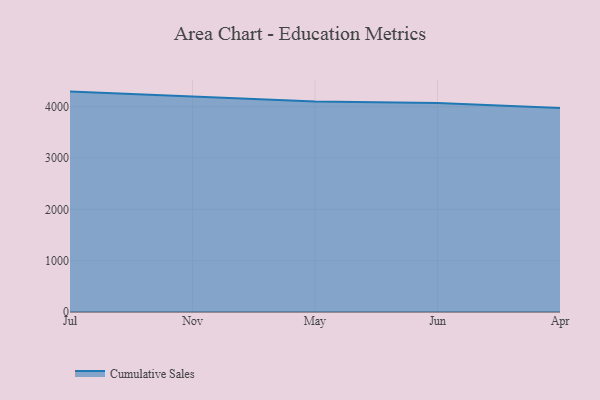
{"axis": {"x": "Month", "y": "Market Share (%)"}, "legend": ["Cumulative Sales"], "data": [{"x": "Jul", "y": 4295.8, "type": "Cumulative Sales"}, {"x": "Nov", "y": 4207.1, "type": "Cumulative Sales"}, {"x": "May", "y": 4104.0, "type": "Cumulative Sales"}, {"x": "Jun", "y": 4073.4, "type": "Cumulative Sales"}, {"x": "Apr", "y": 3976.1, "type": "Cumulative Sales"}]}